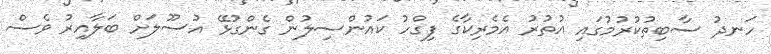
ހަނދު ސާބިތުކުރުމުގައި އުތުރު އެމެރިކާގެ ފިގްހު ކައުންސިލުން ގެންގުޅޭ އުސޫލަށް ބަލާއިރު ވެސް